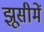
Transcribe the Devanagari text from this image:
झूसीमें